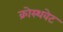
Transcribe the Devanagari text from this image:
क्रोस्थवेट